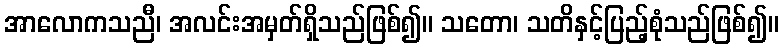
အာလောကသညီ၊ အလင်းအမှတ်ရှိသည်ဖြစ်၍။ သတော၊ သတိနှင့်ပြည့်စုံသည်ဖြစ်၍။